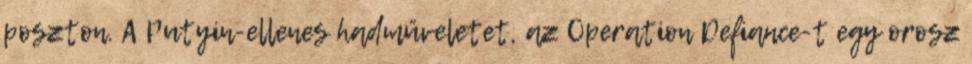
poszton. A Putyin-ellenes hadműveletet, az Operation Defiance-t egy orosz